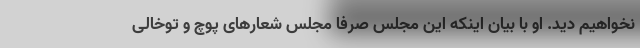
نخواهیم دید. او با بیان اینکه این مجلس صرفا مجلس شعارهای پوچ و توخالی